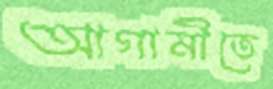
আগামীতে